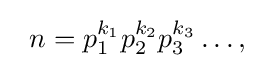
\;\;n=p_{1}^{k_{1}}p_{2}^{k_{2}}p_{3}^{k_{3}}\dots ,\;